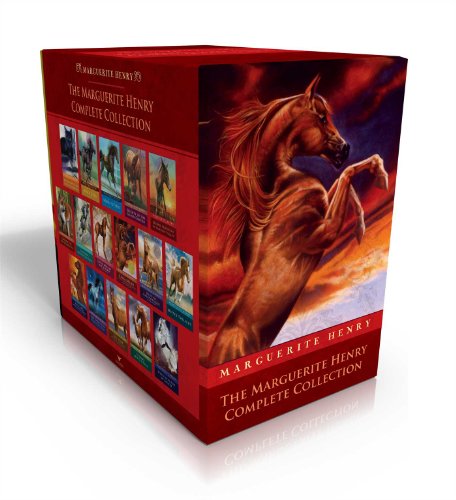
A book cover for The Marguerite Henry Complete Collection: Benjamin West and His Cat Grimalkin; Black Gold; Born to Trot; Brighty; Brown Sunshine; Cinnabar; Gaudenzia; ... San Domingo; White Stallion of Lipizza; Marguerite Henry; Children's Books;